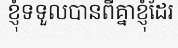
ខ្ញុំទទួលបានពីគ្នាខ្ញុំដែរ